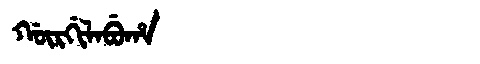
Manchu: ᡤᡡᡵᡤᡳᠯᠠᠪᡠᡥᠠ
Romanization: GŪRGILABUHA